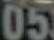
05